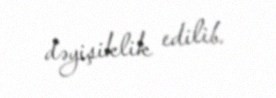
dəyişiklik edilib.